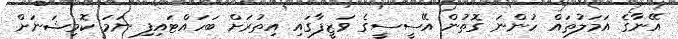
އޭނާގެ އަމަލުތައް ހުންނަ ގޮތުން އޭސީސީގެ ވަޒީފާގައި އިތުރަށް ބަހައްޓައިފި ނަމަ ކޮމިޝަނަށް